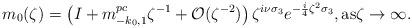
LaTeX: \begin{align*} m_0(\zeta)=\left(I+m^{pc}_{-k_0,1}\zeta^{-1}+\mathcal{O}(\zeta^{-2})\right)\zeta^{i\nu\sigma_3}e^{-\frac{i}{4}\zeta^2\sigma_3}, {\rm as} \zeta\rightarrow\infty. \end{align*}